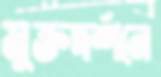
মুক্তদর্শনে